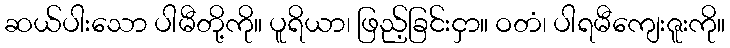
ဆယ်ပါးသော ပါမီတို့ကို။ ပူရိယာ၊ ဖြည့်ခြင်းငှာ။ ဝတံ၊ ပါရမီကျေးဇူးကို။